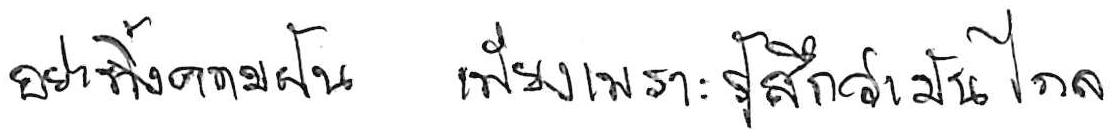
อย่าทิ้งความฝัน เพียงเพราะรู้สึกว่ามันไกล